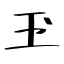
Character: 玊